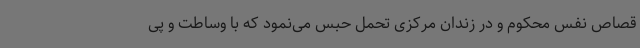
قصاص نفس محکوم و در زندان مرکزی تحمل حبس می‌نمود که با وساطت و پی